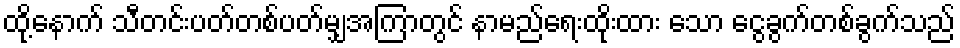
ထို့နောက် သီတင်းပတ်တစ်ပတ်မျှအကြာတွင် နာမည်ရေးထိုးထား သော ငွေခွက်တစ်ခွက်သည်